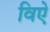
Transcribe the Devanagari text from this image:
विऐ